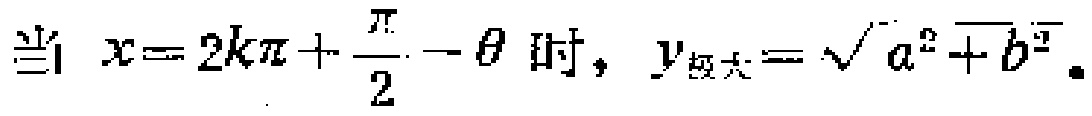
当 \(x = 2k\pi+\frac{\pi}{2}-\theta\) 时，\(y_{极大}=\sqrt{a^{2}+b^{2}}\)。